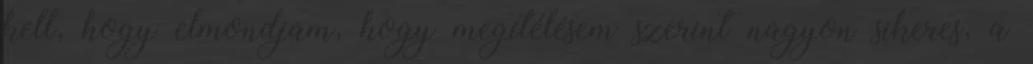
kell, hogy elmondjam, hogy megítélésem szerint nagyon sikeres, a